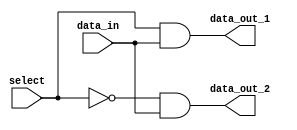
module demux_1to2(
    input data_in,
    input select,
    output data_out_1,
    output data_out_2
);

assign data_out_1 = (select & data_in);
assign data_out_2 = (~select & data_in);

endmodule